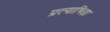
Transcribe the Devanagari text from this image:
प्रत्याभिज्ञा